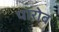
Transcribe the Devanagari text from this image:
पॉरोब